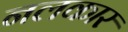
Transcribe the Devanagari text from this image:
नलकार